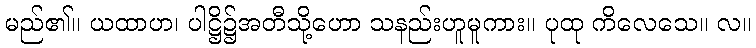
မည်၏။ ယထာဟ၊ ပါဋ္ဌိ၌အတီသို့ဟော သနည်းဟူမူကား။ ပုထု ကိလေသေ။ လ။